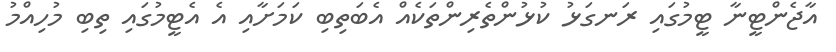
އާޖެންޓީނާ ޓީމުގައި ރަނގަޅު ކުޅުންތެރިންތަކެއް އެބަތިބި ކަމަށާއި އެ އެޓީމުގައި ތިބި މުހިއްމު